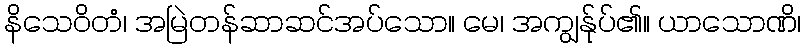
နိသေဝိတံ၊ အမြဲတန်ဆာဆင်အပ်သော။ မေ၊ အကျွန်ုပ်၏။ ယာသောဏိ၊